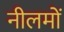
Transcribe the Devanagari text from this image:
नीलमों